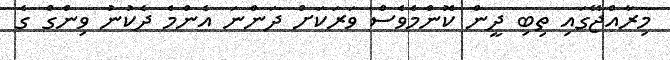
މިރާއްޖޭގައި ތިބި ދީން ކޮންމެވެސް ވަރަކަށް ދަންނަ އެންމެ ދެކުނު ވިންގް ގެ